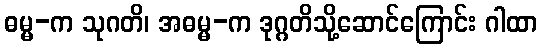
ဓမ္မ-က သုဂတိ၊ အဓမ္မ-က ဒုဂ္ဂတိသို့ဆောင်ကြောင်း ဂါထာ